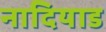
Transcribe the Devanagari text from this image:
नादियाड